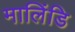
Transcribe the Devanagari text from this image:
मालिंडि